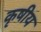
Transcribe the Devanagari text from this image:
कृषीय